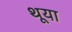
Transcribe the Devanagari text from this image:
थूया